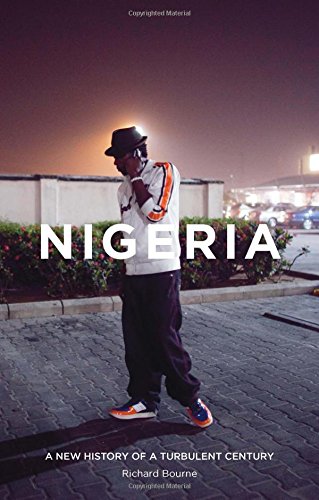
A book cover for Nigeria: A New History of a Turbulent Century; Richard Bourne; History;